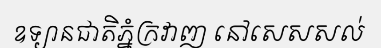
ឧទ្យានជាតិភ្នំក្រវាញ នៅសេសសល់